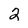
Character: 2